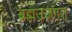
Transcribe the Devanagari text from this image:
ब्रह्मउजगत्